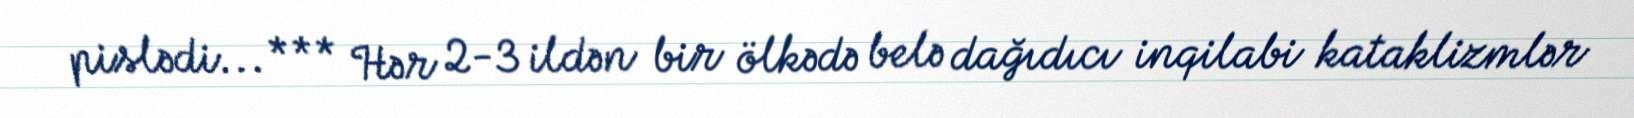
pislədi... *** Hər 2-3 ildən bir ölkədə belə dağıdıcı inqilabi kataklizmlər